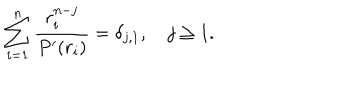
\sum _ { i = 1 } ^ { n } { \frac { r _ { i } ^ { n - j } } { P ^ { \prime } ( r _ { i } ) } } = \delta _ { j , 1 } , \quad j \geq 1 .